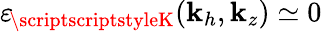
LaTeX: {\varepsilon_{\! \scriptscriptstyleK}}(\mathbf{k}_{h},\mathbf{k}_{z})\simeq0